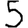
Digit: 5